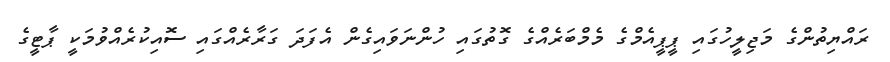
ރައްޔިތުންގެ މަޖިލީހުގައި ޕީޕީއެމްގެ މެމްބަރެއްގެ ގޮތުގައި ހުންނަވައިގެން އެފަދަ ގަރާރެއްގައި ސޮއިކުރެއްވުމަކީ ޕާޓީގެ